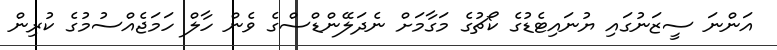
އަންނަ ސީޒަނުގައި ޔުނައިޓެޑުގެ ކޯޗުގެ މަގާމަށް ނެދަލޭންޑްސްގެ ވެން ހާލް ހަމަޖެއްސުމުގެ ކުރިން